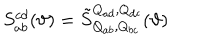
S _ { a b } ^ { c d } ( \vartheta ) = { \tilde { S } } _ { Q _ { a b } , Q _ { b c } } ^ { Q _ { a d } , Q _ { d c } } ( \vartheta )